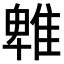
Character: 𨿵